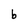
Character: b